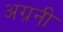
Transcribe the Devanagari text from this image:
अग्रनी